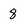
Character: 8